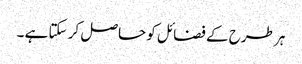
ہر طرح کے فضائل کو حاصل کر سکتا ہے ۔